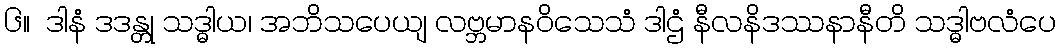
၆။  ဒါနံ ဒဒန္တု သဒ္ဓါယ၊ အဘိသပေယျ လဗ္ဘမာနဝိသေသံ ဒါဌံ နီလနိဒဿနာနီတိ သဒ္ဓါဗလံပေ